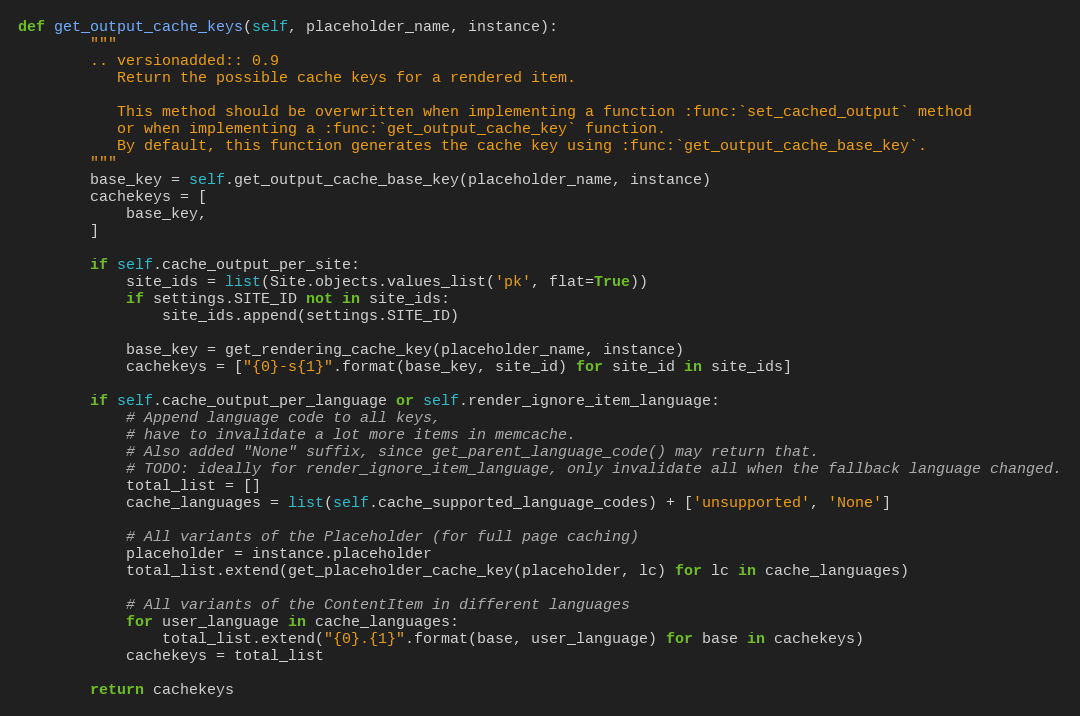
Language: Python
def get_output_cache_keys(self, placeholder_name, instance):
        """
        .. versionadded:: 0.9
           Return the possible cache keys for a rendered item.

           This method should be overwritten when implementing a function :func:`set_cached_output` method
           or when implementing a :func:`get_output_cache_key` function.
           By default, this function generates the cache key using :func:`get_output_cache_base_key`.
        """
        base_key = self.get_output_cache_base_key(placeholder_name, instance)
        cachekeys = [
            base_key,
        ]

        if self.cache_output_per_site:
            site_ids = list(Site.objects.values_list('pk', flat=True))
            if settings.SITE_ID not in site_ids:
                site_ids.append(settings.SITE_ID)

            base_key = get_rendering_cache_key(placeholder_name, instance)
            cachekeys = ["{0}-s{1}".format(base_key, site_id) for site_id in site_ids]

        if self.cache_output_per_language or self.render_ignore_item_language:
            # Append language code to all keys,
            # have to invalidate a lot more items in memcache.
            # Also added "None" suffix, since get_parent_language_code() may return that.
            # TODO: ideally for render_ignore_item_language, only invalidate all when the fallback language changed.
            total_list = []
            cache_languages = list(self.cache_supported_language_codes) + ['unsupported', 'None']

            # All variants of the Placeholder (for full page caching)
            placeholder = instance.placeholder
            total_list.extend(get_placeholder_cache_key(placeholder, lc) for lc in cache_languages)

            # All variants of the ContentItem in different languages
            for user_language in cache_languages:
                total_list.extend("{0}.{1}".format(base, user_language) for base in cachekeys)
            cachekeys = total_list

        return cachekeys